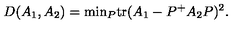
D ( A _ { 1 } , A _ { 2 } ) = \mathrm { m i n } _ { P } \mathrm { t r } ( A _ { 1 } - P ^ { + } A _ { 2 } P ) ^ { 2 } .